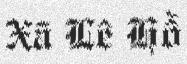
Xã Lê Hồ